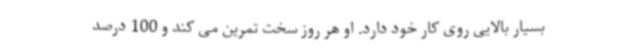
بسیار بالایی روی کار خود دارد. او هر روز سخت تمرین می کند و 100 درصد